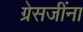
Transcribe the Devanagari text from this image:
ग्रेसजींना